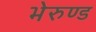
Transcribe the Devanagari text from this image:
भेरुण्ड